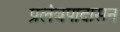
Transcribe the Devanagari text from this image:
प्रलंबपादासन